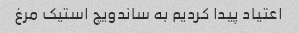
اعتیاد پیدا کردیم به ساندویچ استیک مرغ